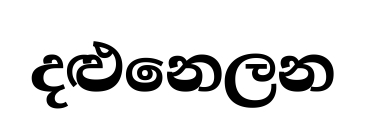
දළුනෙලන